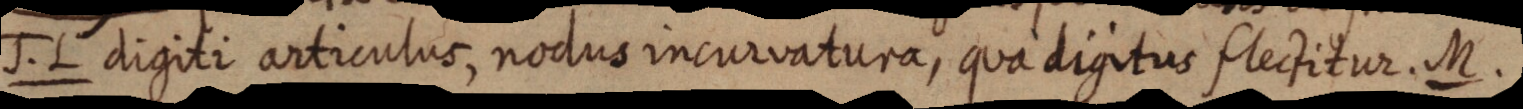
J. L digiti articulus, nodus incurvatura, qua digitus flectitur. M.